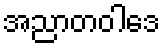
အညာတဝါဒေ